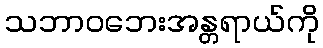
သဘာဝဘေးအန္တရာယ်ကို